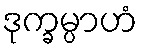
ဒုက္ခမ္ပာဟံ